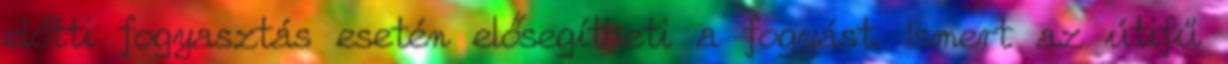
előtti fogyasztás esetén elősegítheti a fogyást. Ismert az útifű